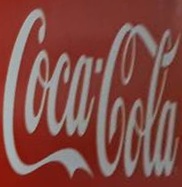
CocaCola